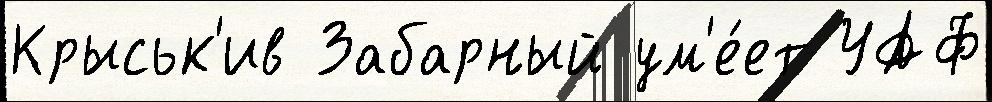
Крыськ'ив Забарный ум'е́ет УАФ